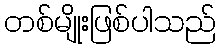
တစ်မျိုးဖြစ်ပါသည်